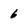
Character: 6